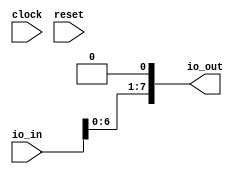
module Darken(
  input        clock,
  input        reset,
  input  [7:0] io_in,
  output [7:0] io_out
);
  wire [8:0] _T = {io_in, 1'h0}; // @[Darken.scala 12:19]
  assign io_out = _T[7:0]; // @[Darken.scala 12:10]
endmodule